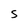
Character: S